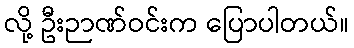
လို့ ဦးဉာဏ်ဝင်းက ပြောပါတယ်။